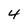
Character: 4